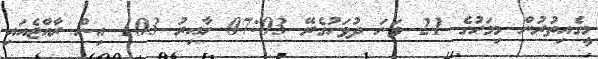
މީގެއިތުރުން މިމަހުގެ 21 ވަނަ ދުވަހުގެރޭ 07:03 ހާއިރު 103 އިން ރާއްޖެއައި